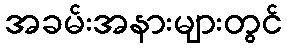
အခမ်းအနားများတွင်